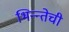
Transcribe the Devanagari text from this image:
भिन्न्तेची